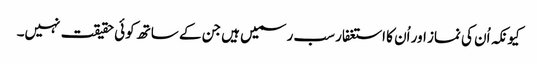
کیونکہ اُن کی نماز اور اُن کا استغفار سب رسمیں ہیں جن کے ساتھ کوئی حقیقت نہیں۔